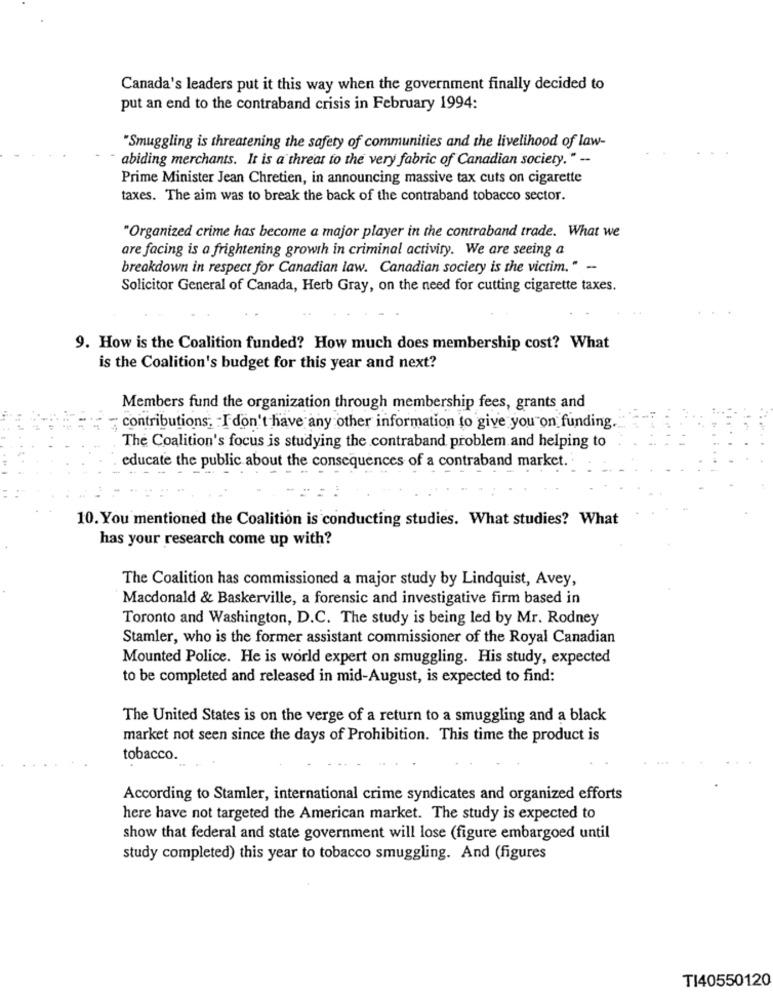
Canada's leaders put it this way when the government finally decided to
put an end to the contraband crisis in February 1994:
"Smuggling is threatening the safety of communities and the livelihood of law-
abiding merchants. It is a threat to the very fabric of Canadian society." --
Prime Minister Jean Chretien, in announcing massive tax cuts on cigarette
taxes. The aim was to break the back of the contraband tobacco sector.
"Organized crime has become a major player in the contraband trade. What we
are facing is a frightening growth in criminal activity. We are seeing a
breakdown in respect for Canadian law. Canadian society is the victim." -
Solicitor General of Canada, Herb Gray, on the need for cutting cigarette taxes.
9. How is the Coalition funded? How much does membership cost? What
is the Coalition's budget for this year and next?
Members fund the organization through membership fees, grants and
contributions; - I don't have any other information to give you on funding.
The Coalition's focus is studying the contraband problem and helping to
educate the public about the consequences of a contraband market.
10. You mentioned the Coalition is conducting studies. What studies? What
has your research come up with?
The Coalition has commissioned a major study by Lindquist, Avey,
Macdonald & Baskerville, a forensic and investigative firm based in
Toronto and Washington, D.C. The study is being led by Mr. Rodney
Stamler, who is the former assistant commissioner of the Royal Canadian
Mounted Police. He is world expert on smuggling. His study, expected
to be completed and released in mid-August, is expected to find:
The United States is on the verge of a return to a smuggling and a black
market not seen since the days of Prohibition. This time the product is
tobacco.
According to Stamler, international crime syndicates and organized efforts
here have not targeted the American market. The study is expected to
show that federal and state government will lose (figure embargoed until
study completed) this year to tobacco smuggling. And (figures
TI40550120